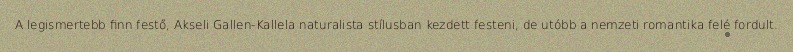
A legismertebb finn festő, Akseli Gallen-Kallela naturalista stílusban kezdett festeni, de utóbb a nemzeti romantika felé fordult.